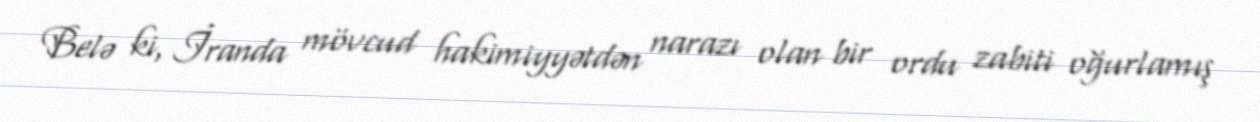
Belə ki, İranda mövcud hakimiyyətdən narazı olan bir ordu zabiti oğurlamış